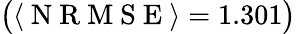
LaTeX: \big(\langle\mathrm{~N~R~M~S~E~}\rangle=1.301\big)